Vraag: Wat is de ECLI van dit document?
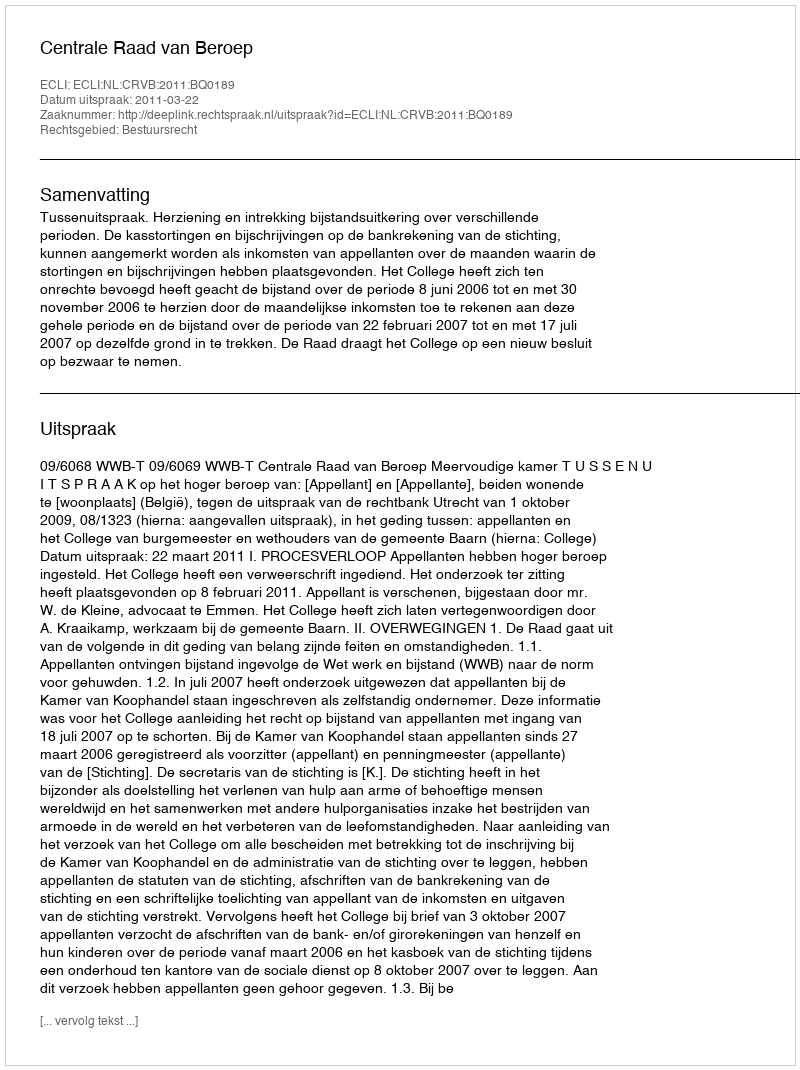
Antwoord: ECLI:NL:CRVB:2011:BQ0189